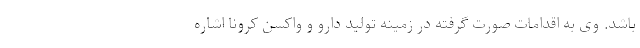
باشد. وی به اقدامات صورت گرفته در زمینه تولید دارو و واکسن کرونا اشاره